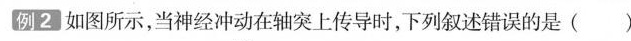
例2如图所示，当神经冲动在轴突上传导时，下列叙述错误的是( )